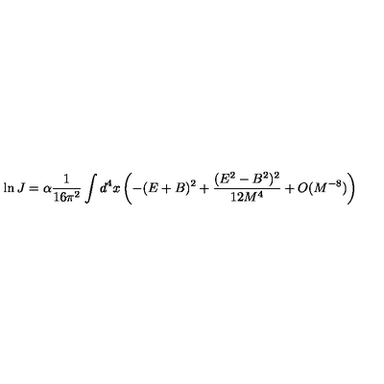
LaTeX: \ln J = \alpha \frac { 1 } { 1 6 \pi ^ { 2 } } \int d ^ { 4 } x \left( - ( E + B ) ^ { 2 } + \frac { ( E ^ { 2 } - B ^ { 2 } ) ^ { 2 } } { 1 2 M ^ { 4 } } + O ( M ^ { - 8 } ) \right)